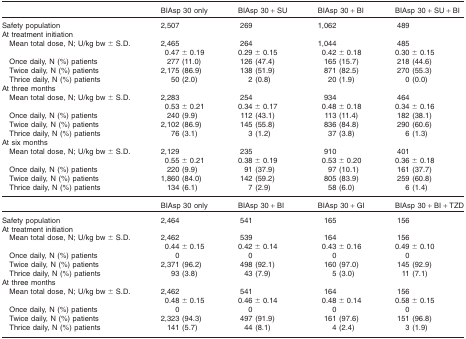
<table><thead><tr><td></td><td><b>BIAsp 30 only</b></td><td><b>BIAsp 30 + SU</b></td><td><b>BIAsp 30 + BI</b></td><td><b>BIAsp 30 + SU + BI</b></td></tr></thead><tbody><tr><td>Safety population</td><td>2,507</td><td>269</td><td>1,062</td><td>489</td></tr><tr><td>At treatment initiation</td><td></td><td></td><td></td><td></td></tr><tr><td>Mean total dose, N; U/kg bw ± S.D.</td><td>2,465</td><td>264</td><td>1,044</td><td>485</td></tr><tr><td></td><td>0.47 ± 0.19</td><td>0.29 ± 0.15</td><td>0.42 ± 0.18</td><td>0.30 ± 0.15</td></tr><tr><td>Once daily, N (%) patients</td><td>277 (11.0)</td><td>126 (47.4)</td><td>165 (15.7)</td><td>218 (44.6)</td></tr><tr><td>Twice daily, N (%) patients</td><td>2,175 (86.9)</td><td>138 (51.9)</td><td>871 (82.5)</td><td>270 (55.3)</td></tr><tr><td>Thrice daily, N (%) patients</td><td>50 (2.0)</td><td>2 (0.8)</td><td>20 (1.9)</td><td>0 (0.0)</td></tr><tr><td>At three months</td><td></td><td></td><td></td><td></td></tr><tr><td>Mean total dose, N; U/kg bw ± S.D.</td><td>2,283</td><td>254</td><td>934</td><td>464</td></tr><tr><td></td><td>0.53 ± 0.21</td><td>0.34 ± 0.17</td><td>0.48 ± 0.18</td><td>0.34 ± 0.16</td></tr><tr><td>Once daily, N (%) patients</td><td>240 (9.9)</td><td>112 (43.1)</td><td>113 (11.4)</td><td>182 (38.1)</td></tr><tr><td>Twice daily, N (%) patients</td><td>2,102 (86.9)</td><td>145 (55.8)</td><td>836 (84.8)</td><td>290 (60.6)</td></tr><tr><td>Thrice daily, N (%) patients</td><td>76 (3.1)</td><td>3 (1.2)</td><td>37 (3.8)</td><td>6 (1.3)</td></tr><tr><td>At six months</td><td></td><td></td><td></td><td></td></tr><tr><td>Mean total dose, N; U/kg bw ± S.D.</td><td>2,129</td><td>235</td><td>910</td><td>401</td></tr><tr><td></td><td>0.55 ± 0.21</td><td>0.38 ± 0.19</td><td>0.53 ± 0.20</td><td>0.36 ± 0.18</td></tr><tr><td>Once daily, N (%) patients</td><td>220 (9.9)</td><td>91 (37.9)</td><td>97 (10.1)</td><td>161 (37.7)</td></tr><tr><td>Twice daily, N (%) patients</td><td>1,860 (84.0)</td><td>142 (59.2)</td><td>805 (83.9)</td><td>259 (60.8)</td></tr><tr><td>Thrice daily, N (%) patients</td><td>134 (6.1)</td><td>7 (2.9)</td><td>58 (6.0)</td><td>6 (1.4)</td></tr><tr><td></td><td>BIAsp 30 only</td><td>BIAsp 30 + BI</td><td>BIAsp 30 + GI</td><td>BIAsp 30 + BI + TZD</td></tr><tr><td>Safety population</td><td>2,464</td><td>541</td><td>165</td><td>156</td></tr><tr><td>At treatment initiation</td><td></td><td></td><td></td><td></td></tr><tr><td>Mean total dose, N; U/kg bw ± S.D.</td><td>2,462</td><td>539</td><td>164</td><td>156</td></tr><tr><td></td><td>0.44 ± 0.15</td><td>0.42 ± 0.14</td><td>0.43 ± 0.16</td><td>0.49 ± 0.10</td></tr><tr><td>Once daily, N (%) patients</td><td>0</td><td>0</td><td>0</td><td>0</td></tr><tr><td>Twice daily, N (%) patients</td><td>2,371 (96.2)</td><td>498 (92.1)</td><td>160 (97.0)</td><td>145 (92.9)</td></tr><tr><td>Thrice daily, N (%) patients</td><td>93 (3.8)</td><td>43 (7.9)</td><td>5 (3.0)</td><td>11 (7.1)</td></tr><tr><td>At three months</td><td></td><td></td><td></td><td></td></tr><tr><td>Mean total dose, N; U/kg bw ± S.D.</td><td>2,462</td><td>541</td><td>164</td><td>156</td></tr><tr><td></td><td>0.48 ± 0.15</td><td>0.46 ± 0.14</td><td>0.48 ± 0.14</td><td>0.58 ± 0.15</td></tr><tr><td>Once daily, N (%) patients</td><td>0</td><td>0</td><td>0</td><td>0</td></tr><tr><td>Twice daily, N (%) patients</td><td>2,323 (94.3)</td><td>497 (91.9)</td><td>161 (97.6)</td><td>151 (96.8)</td></tr><tr><td>Thrice daily, N (%) patients</td><td>141 (5.7)</td><td>44 (8.1)</td><td>4 (2.4)</td><td>3 (1.9)</td></tr></tbody></table>